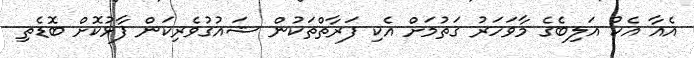
އެއާ އެކު އަލިބެގެ މާވަހަރު ގަތުމަށް އެކި ފަރާތްތަކުން ޝައުގުވެރިކަން ފާޅުކޮށް ބޮޑެތި